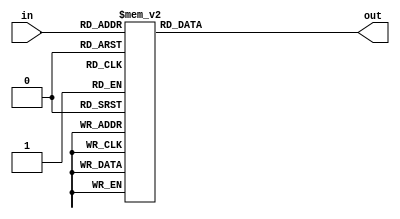
//-----------------------------------------------------------------------------
// Company: QUST
// Engineer: 
//
// Design Name: 3_8decoder
// Module Name: design file
// Target Device: any
// Tool versions: any
// Description:
// 				
// Dependencies: 
// 				
// Revision:
// 				
// Additional Comments:
// 
//-----------------------------------------------------------------------------

`timescale 1ns/1ns

module decoder3_8_sar(in, out);
	input [0:2] in;
	output [0:7] out;
	reg [0:7] out;

	always @(in) 
		begin 
			case (in)
				3'b000 : out=8'b00000001;
				3'b001 : out=8'b00000010;
				3'b010 : out=8'b00000100;
				3'b011 : out=8'b00001000;
				3'b100 : out=8'b00010000;
				3'b101 : out=8'b00100000;
				3'b110 : out=8'b01000000;
				3'b111 : out=8'b10000000;
				default: out=8'b00000000;
			endcase
		end
endmodule